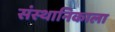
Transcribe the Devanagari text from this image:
संस्थानिकाला